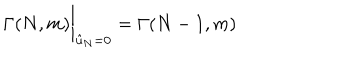
LaTeX: \Gamma ( N , m ) \bigg \vert _ { { \hat { u } } _ { N } = 0 } = \Gamma ( N - 1 , m )